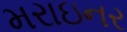
મરાઇનર